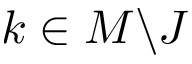
k \in M \backslash J